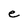
Character: e